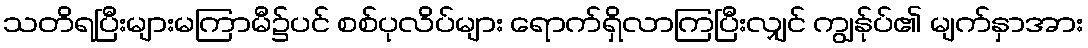
သတိရပြီးများမကြာမီ၌ပင် စစ်ပုလိပ်များ ရောက်ရှိလာကြပြီးလျှင် ကျွန်ုပ်၏ မျက်နှာအား